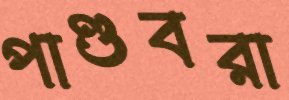
পাণ্ডবরা